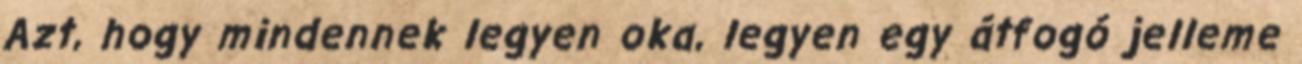
Azt, hogy mindennek legyen oka, legyen egy átfogó jelleme